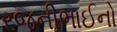
રજનીભાઈનો